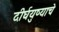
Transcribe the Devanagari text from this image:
दीर्घयुष्याचे